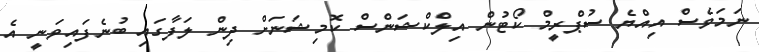
ނަމަވެސް އިއްޔެ ސުޕްރީމް ކޯޓުން އިލްކްޝަންސް ކޮމިޝަނަށް ދިން ލަފާގައި ބުނެފައިވަނީ އެ